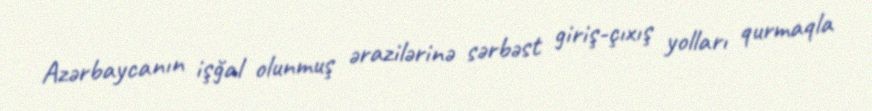
Azərbaycanın işğal olunmuş ərazilərinə sərbəst giriş-çıxış yolları qurmaqla